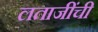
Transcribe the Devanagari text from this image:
लताजींची